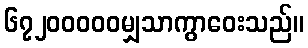
၆၇၂၀၀၀၀၀မျှသာကွာဝေးသည်။